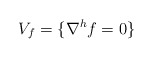
\begin{align*}V_f=\{\nabla^h f=0\}\end{align*}